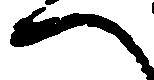
へ